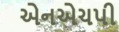
એનએચપી